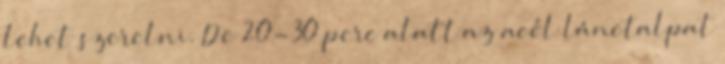
lehet szerelni. De 20-30 perc alatt az acél lánctalpat